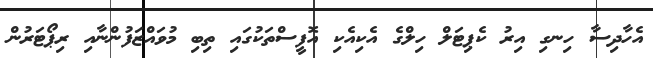
އެހާދިސާ ހިނގި އިރު ކެޕިޓަލް ހިލްގެ އެކިއެކި އޮފީސްތަކުގައި ތިބި މުވައްޒަފުންނާއި ރިޕޯޓަރުން